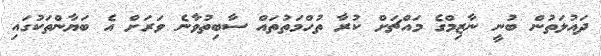
ދައުލަތުން ބުނީ ނާޒިމްގެ މައްޗަށް ކުރާ ތުހްމަތުތައް ސާބިތުވާނެ ވަރަށް އެ ބަޔާންތަކުގައި